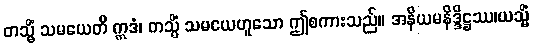
တသ္မိံ သမယေတိ ဣဒံ၊ တသ္မိံ သမယေဟူသော ဤစကားသည်။ အနိယမနိဒ္ဒိဋ္ဌဿ၊ယသ္မိံ